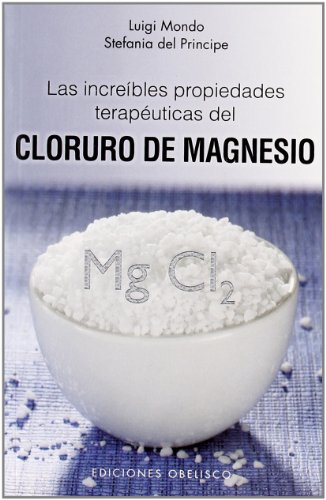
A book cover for Las increibles propiedades del magnesio (Spanish Edition) (Salud Y Vida Natural / Health and Natural Life); Luigi Mondo; Health, Fitness & Dieting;